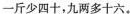
一斤少四十，九两多十六。